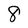
Character: 8